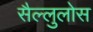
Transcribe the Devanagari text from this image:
सैल्लुलोस